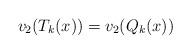
LaTeX: \begin{align*} v_{2}(T_{k}(x))= v_{2}(Q_{k}(x))\end{align*}